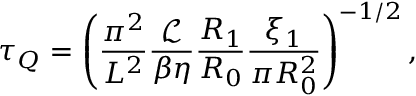
\tau _ { Q } = \left( \frac { \pi ^ { 2 } } { L ^ { 2 } } \frac { \mathcal { L } } { \beta \eta } \frac { R _ { 1 } } { R _ { 0 } } \frac { \xi _ { 1 } } { \pi R _ { 0 } ^ { 2 } } \right) ^ { - 1 / 2 } ,